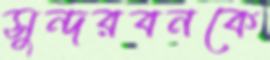
সুন্দরবনকে